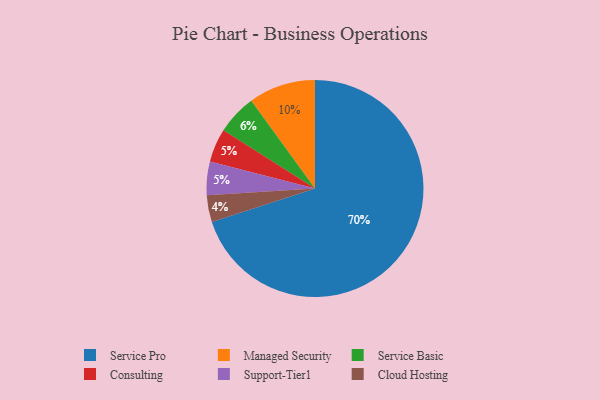
{"axis": {"x": "Category", "y": "Percentage"}, "legend": ["Cloud Hosting", "Consulting", "Managed Security", "Service Basic", "Service Pro", "Support-Tier1"], "data": [{"x": "Service Basic", "y": 6, "type": "Service Basic"}, {"x": "Service Pro", "y": 70, "type": "Service Pro"}, {"x": "Cloud Hosting", "y": 4, "type": "Cloud Hosting"}, {"x": "Consulting", "y": 5, "type": "Consulting"}, {"x": "Support-Tier1", "y": 5, "type": "Support-Tier1"}, {"x": "Managed Security", "y": 10, "type": "Managed Security"}]}